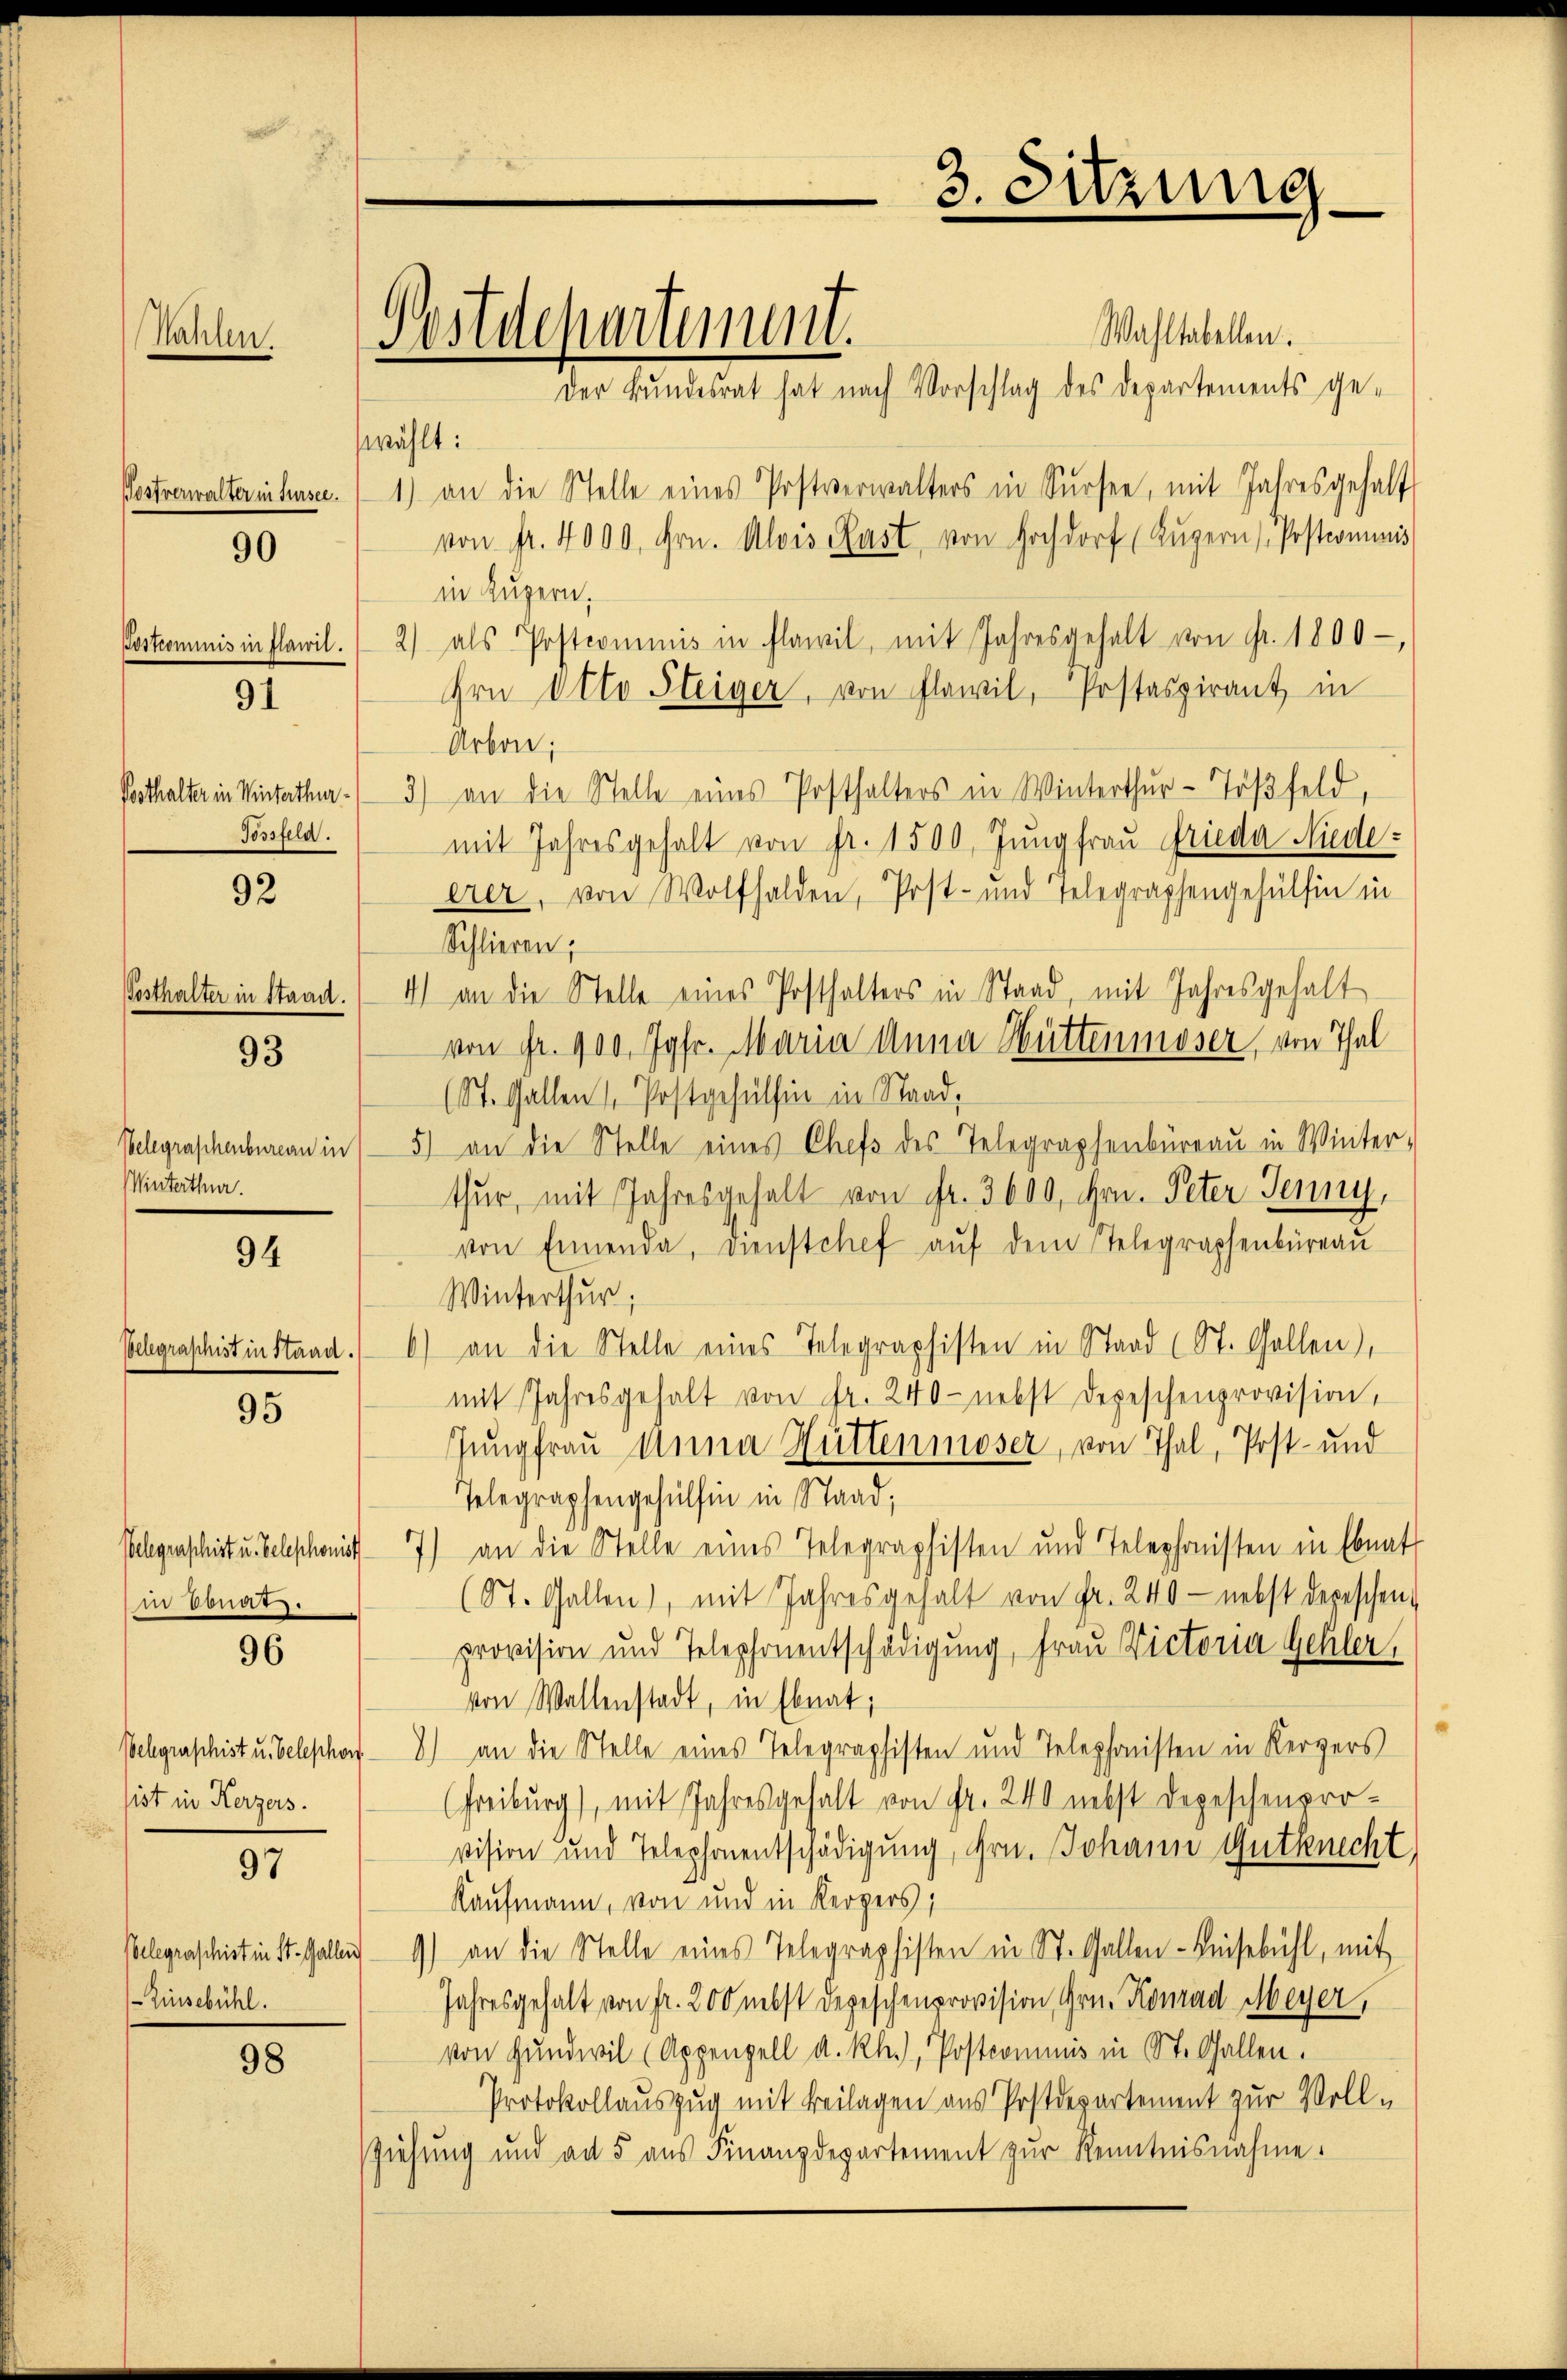
Natz

Un

Postverwalter in Fürsee.

90

91

Tossfeld.

92

Posthalter in Stand.
Belegraschenbureau in
Winterthur.

93

94

Oelegraphist in Stand.

95

Belegraschist u. Telephonist
in Donat.

96

Welegraschist u. Telephon
ist in Kerzers.

97

Belegraschist in St. Gallen
Einsebühl.

98

Postdepartement.

wählt:

Wahltabellen.
Der Bundesrat hat nach Vorschlag des Departements ge¬
1) an die Stelle eines Postverwalters in Sursee, mit Jahresgehalt
von fr. 4000. hrn. Alois Rast von Hochdorf (Lŭzern (Postcommis
in Kugern.
Postcommis in flawil. 2) als Postcommis in Flawil, mit Jahresgehalt von Fr. 1800-
Irn Otto Steiger, von Flawil, Postaspirant in
Arbon;
Pesthalter in Winterthur. 3) an die Stelle eines Posthalters in Winterthur-Tößfeld,
mit Jahresgehalt von Fr. 1500. Jungfrau Frieda Niedeerer, von Wolfhalden, Post- und Telegraphengehülfen in
Schlieren;
4) an die Stelle eines Posthalters in Staad, mit Jahresgehalt
von fr. 900 Jgfr. Maria Anna Hüttenmoser, von Thal
(St. Gallen / Postgehülfen in Strad,
5) an die Stelle eines Chefs des Telegraphenbüreaŭ in Winter-
thur, mit Jahresgehalt von Fr. 3600, Hrn. Peter Jenny,
von Einenda, dienstchef aŭf dem Telegraphenbüreaŭ
Winterthur;
6) an die Stelle eines Telegraphisten in Stand (St. Gallen),
mit Jahresgehalt von Fr. 240 - nebst Depeschenprovision,
Jungfrau Anna Hüttenmoser, von Thal, Post- und
Telegraphengehülfen in Staad;
an die Stelle eines Telegraphisten und Telephonisten in Ebnat
7)
(St. Gallen), mit Jahresgehalt von Fr. 240 - nebst depeschen
provision und Telephonentschädigung, Frau Victoria Gehler,
von Wallenstadt, in Ebnat,
8) an die Stelle eines Telegraphisten und Telephonisten in Kergers
Freiburg), mit Jahresgehalt von Fr. 240 nebst Depeschenpro-
vision und Telephonentschädigung, Hrn. Johann Gutknecht,
Kaufmann, von und in Kerpers,
9) an die Stelle eines Telegraphisten in St. Gallen-Keisebühl, mit
Jahresgehalt von fr. 200 nebst Depeschenprovision, Hrn. Konrad Meyer,
von Hundwil (Appenzell a. Rh.), Postcommis in St. Gallen.
Protokollauszug mit Beilagen aus Postdepartement zur Voll-
Ziehung und an 5 aus Finanzdepartement zur Kenntnisnahme.

3. Sitzung